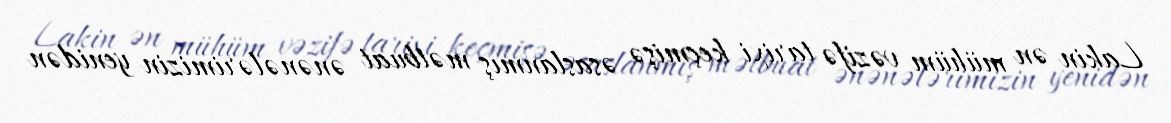
Lakin ən mühüm vəzifə tarixi keçmişə əsaslanmış mətbuat ənənələrimizin yenidən